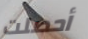
أحصلت